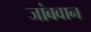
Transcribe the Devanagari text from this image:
जांबवान